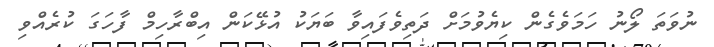
ނުވަތަ ލޯނު ހަމަވެގެން ކިޔެވުމަށް ދަތިވެފައިވާ ބަޔަކު އުޅޭކަން އިބްރާހިމް ފާހަގަ ކުރެއްވި